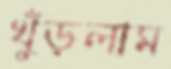
খুঁড়লাম